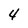
Character: 4